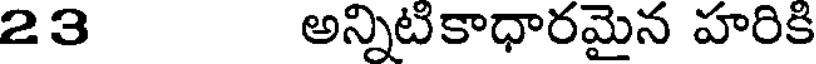
23 అన్నిటికాధారమైన హరికి